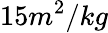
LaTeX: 15m^{2}/kg